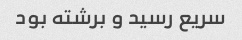
سریع رسید و برشته بود